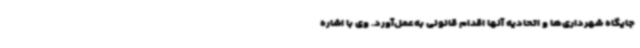
جایگاه شهرداری‌ها و اتحادیه آنها اقدام قانونی به‌عمل‌آورد. وی با اشاره